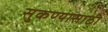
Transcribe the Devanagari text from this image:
सुकण्यासाठी